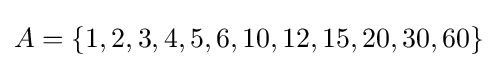
A=\{1,2,3,4,5,6,10,12,15,20,30,60\}